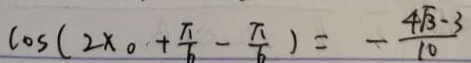
\cos ( 2 x _ { 0 } + \frac { \pi } { 6 } - \frac { \pi } { 6 } ) = - \frac { 4 \sqrt { 3 } - 3 } { 1 0 }